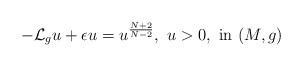
LaTeX: \begin{align*}-\mathcal L_g u+\epsilon u=u^{N+2\over N-2},\ u>0,\ \hbox{in}\ (M,g) \end{align*}